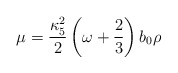
\begin{align*}\mu={{\kappa^2 _5} \over 2} \left(\omega + {2 \over 3} \right) b_0 \rho\end{align*}